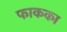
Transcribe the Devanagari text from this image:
फाकका